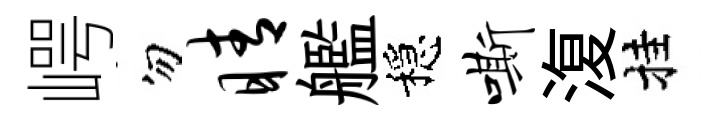
崿勿睛艦穩嘶𣸪挂